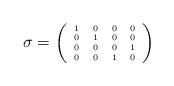
LaTeX: \begin{align*}\sigma={\tiny\left(\begin{array}{cccc}1&0&0&0\\0&1&0&0\\0&0&0&1\\0&0&1&0\\\end{array}\right) }\end{align*}